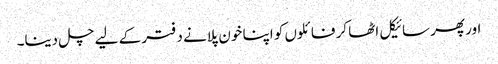
اور پھر سائیکل اٹھا کر فائلوں کو اپنا خون پلانے دفتر کے لیے چل دینا۔